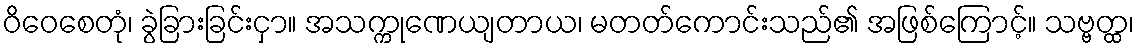
ဝိဝေစေတုံ၊ ခွဲခြားခြင်းငှာ။ အသက္ကုဏေယျတာယ၊ မတတ်ကောင်းသည်၏ အဖြစ်ကြောင့်။ သဗ္ဗတ္ထ၊